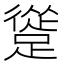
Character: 𨄦